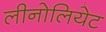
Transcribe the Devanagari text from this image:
लीनोलियेट